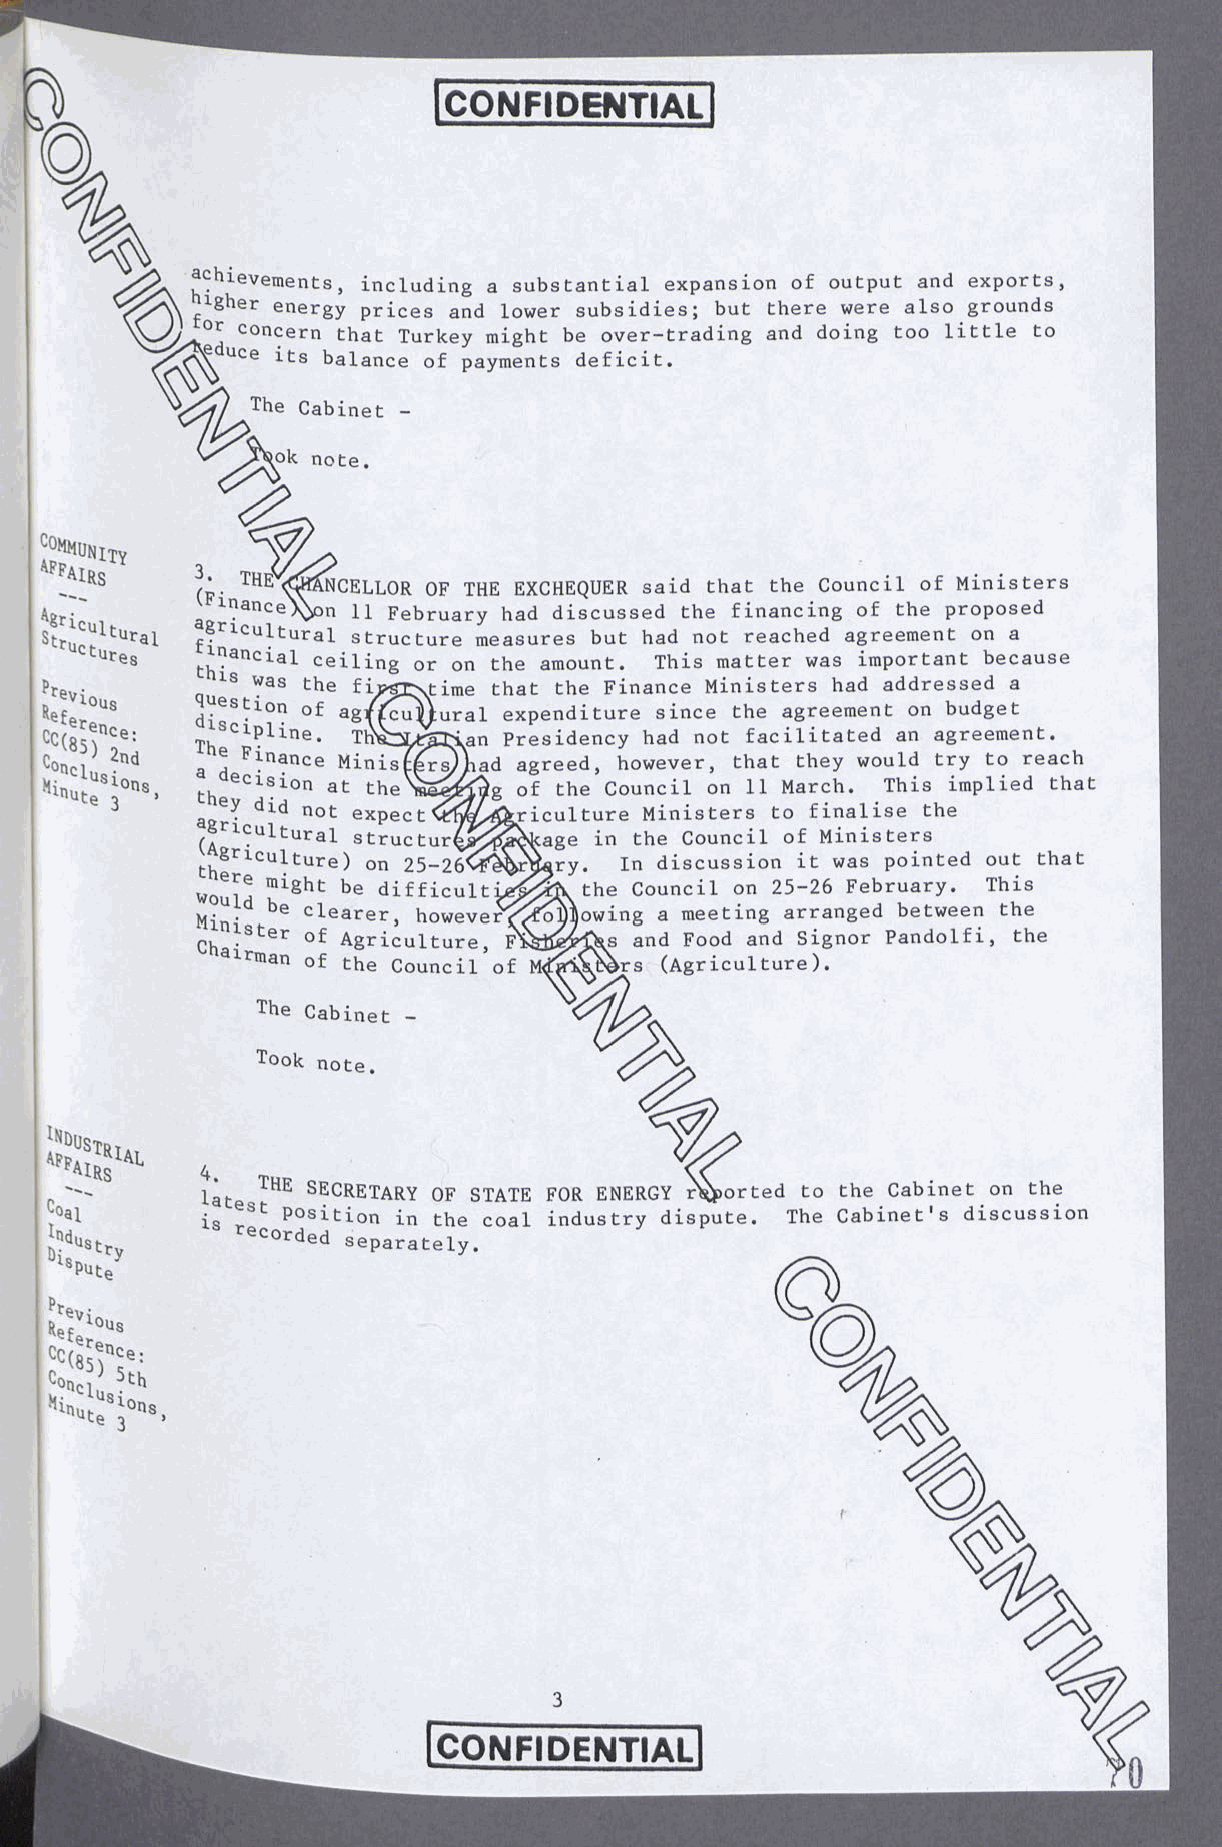
achievements, including a substantial expansion of output and exports,
 1gher energy prices and lower subsidies; but there were also grounds
 / ' c°n cern that Turkey might be over-trading and doing too little to
 uce its balance of payments deficit.
 The Cabinet -
 note.
 Co^ uniTy
 APPAIRs   3
 (*. THE ^MCELLOR OF THE EXCHEQUER said that the Council of Ministers
 lnanceA^on 11 February had discussed the financing of the proposed
 ; ^ricui „(■
 ^gricultural structure measures but had not reached agreement on a
 financial ceiling or on the amount. This matter was important because
 ls was the fipCCXtime that the Finance Ministers had addressed a
 Si° us
 ^aestion of agHcimural expenditure since the agreement on budget
 SCC sSren c*e>« ThSClPline. Tnte^LtpnSLan Presidency had not facilitated an agreement,
 a h ^ nance Minisc^r^Hiad agreed, however, that they would try to reach
 theecision at the    of the Council on 11 March. This implied that
 k - u j ”"8 .
 dld not expect <£W^&riculture Ministers to finalise the
 gricuUurai structur^^^age in the Council of Ministers
 thSriCU^tUre) on 25-26^F^rttary. In discussion it was pointed out that
 would might be difficulti^^K the Council on 25-26 February. This
 be clearer, however/f✓ o'U lowing a meeting arranged between the
 Cha^Ster ° f Agriculture, Fi^feMlHs and Food and Signor Pandolfi, the
 airman of the Council of M^'p^rers (Agriculture).
 The Cabinet -
 Took note.
 lat .THE SECRETARY OF STATE FOR ENERGY r^orted to the Cabinet on the
 C°a l      . st position in the coal industry dispute. The Cabinet's discussion
 •Indcush?    reC°r ded separately.
 ^efIl°U s
 Cc(85e)nc,e =
 V i  5tb